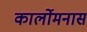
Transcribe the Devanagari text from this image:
कार्लोमनास